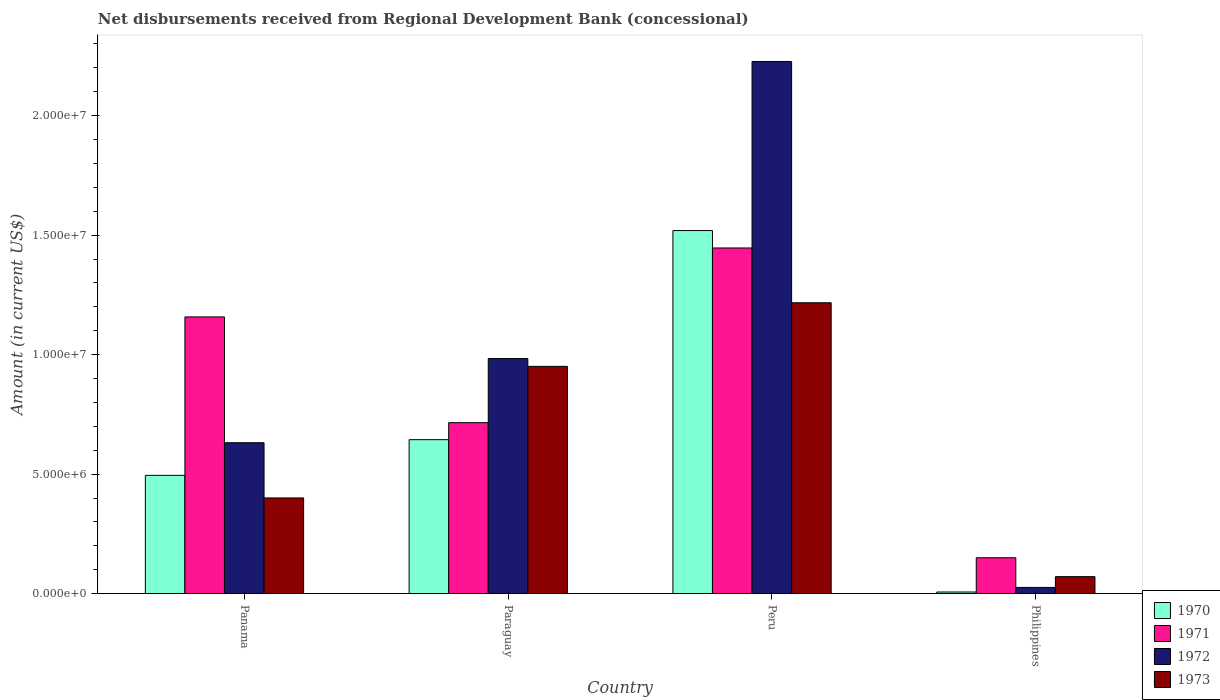
| Country | 1970 | 1971 | 1972 | 1973 |
 | --- | --- | --- | --- | --- |
 | Panama | 4.95e+06 | 1.16e+07 | 6.32e+06 | 4.00e+06 |
 | Paraguay | 6.44e+06 | 7.16e+06 | 9.84e+06 | 9.51e+06 |
 | Peru | 1.52e+07 | 1.45e+07 | 2.23e+07 | 1.22e+07 |
 | Philippines | 6.9e+04 | 1.5e+06 | 2.61e+05 | 7.12e+05 |